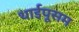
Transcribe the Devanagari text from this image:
थाईपूसम